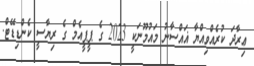
ޢިރާދަ ކުރެއްވިއްޔާ ޣަައްސާނު މައުމޫނަކީ 2023 ގެ ޕީޕީއެމް ގެ ރިޔާސީ ކެންޑިޑޭޓް.